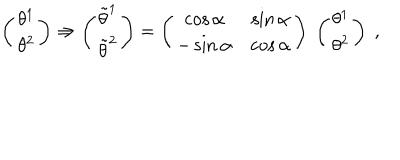
\left( \begin{array} { c } { { \theta ^ { 1 } } } \\ { { \theta ^ { 2 } } } \\ \end{array} \right) \Rightarrow \left( \begin{array} { c } { { \tilde { \theta } ^ { 1 } } } \\ { { \tilde { \theta } ^ { 2 } } } \\ \end{array} \right) = \left( \begin{array} { c c } { { \cos \alpha } } & { { \sin \alpha } } \\ { { - \sin \alpha } } & { { \cos \alpha } } \\ \end{array} \right) \; \left( \begin{array} { c } { { \theta ^ { 1 } } } \\ { { \theta ^ { 2 } } } \\ \end{array} \right) \; ,